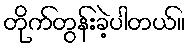
တိုက်တွန်းခဲ့ပါတယ်။